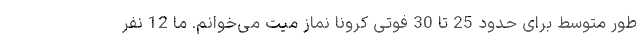
طور متوسط برای حدود 25 تا 30 فوتی کرونا نماز میت می‌خوانم. ما 12 نفر